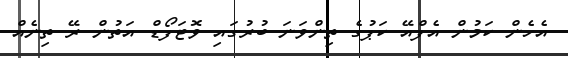
އެހެން ކަމުން އެފްއޭ ކަޕުގެ ތިންވަނަ ބުރުގައި ވޮޓަފޯޑް އަތުން ރޭ ތިނެއް